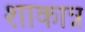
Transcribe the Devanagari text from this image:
शाकान्न